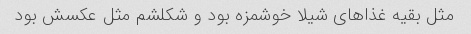
مثل بقیه غذاهای شیلا خوشمزه بود و شکلشم مثل عکسش بود